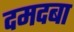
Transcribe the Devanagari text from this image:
दमदबा